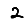
Digit: 2